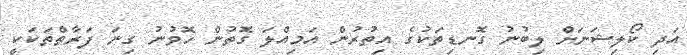
އަދި ކޯލިޝަނަށް ލިބުނު ގޮނޑިތަކުގެ އިތުރުން އަމިއްލަ ގޮތުން ހޮވުނު ގިނަ ފަރާތްތަކަކީ